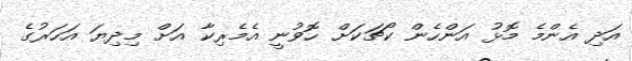
އަދި އެންމެ މޮޅު އަންހެން ކޯޗަކަށް ހޮވުނީ އެމެރިކާ އަށް މިދިޔަ އަހަރުގެ